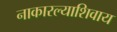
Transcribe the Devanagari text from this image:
नाकारल्याशिवाय